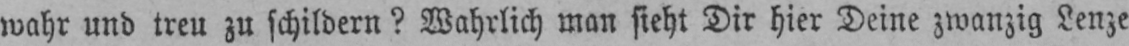
wahr und treu zu schildern? Wahrlich man sieht Dir hier Deine zwanzig Lenze